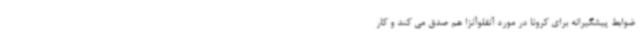
ضوابط پیشگیرانه برای کرونا در مورد آنفلوآنزا هم صدق می کند و کار